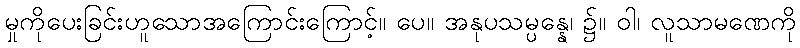
မှုကိုပေးခြင်းဟူသောအကြောင်းကြောင့်။ ပေ။ အနုပသမ္ပန္နေ၊ ၌။ ဝါ၊ လူသာမဏေကို